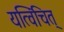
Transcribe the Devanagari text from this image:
यत्विंचित्